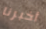
أخبرنا